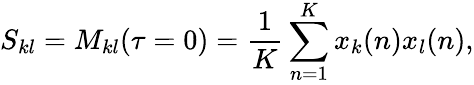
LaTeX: S_{kl}=M_{kl}(\tau=0)=\frac{1}{K}\sum_{n=1}^{K}x_{k}(n)x_{l}(n),